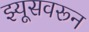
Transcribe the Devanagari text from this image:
झ्यूसवरून